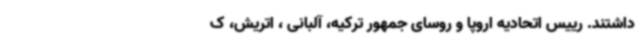
داشتند. رییس اتحادیه اروپا و روسای جمهور ترکیه، آلبانی ، اتریش، ک